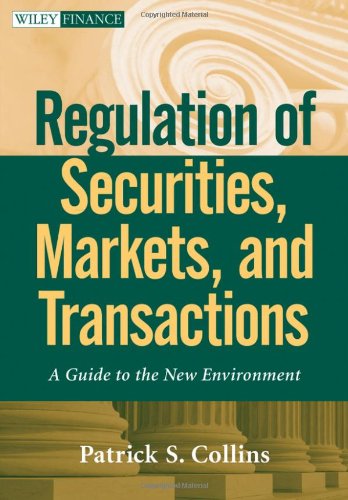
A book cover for Regulation of Securities, Markets, and Transactions: A Guide to the New Environment; Patrick S. Collins; Law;